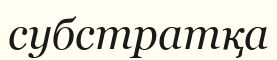
субстратқа